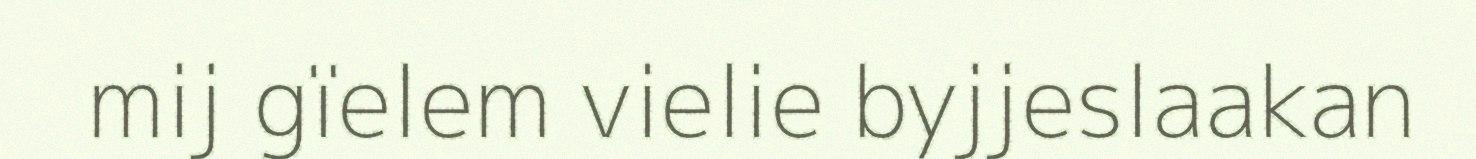
mij gïelem vielie byjjeslaakan